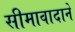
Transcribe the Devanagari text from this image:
सीमावादाने